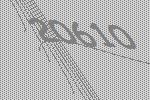
20610